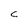
Character: C